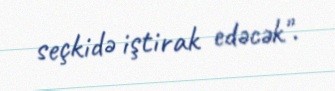
seçkidə iştirak edəcək".